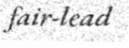
fair-lead